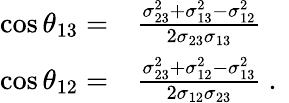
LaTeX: \begin{array}{rl}{\cos\theta_{13}=}&{{}\frac{\sigma_{23}^{2}+\sigma_{13}^{2}-\sigma_{12}^{2}}{2\sigma_{23}\sigma_{13}}}\\ {\cos\theta_{12}=}&{{}\frac{\sigma_{23}^{2}+\sigma_{12}^{2}-\sigma_{13}^{2}}{2\sigma_{12}\sigma_{23}}\mathrm{~.~}}\end{array}